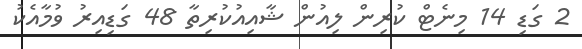
2 ގަޑި 14 މިނެޓް ކުރިން ލިއުން ޝާއިއުކުރިތާ 48 ގަޑިއިރު ވުމާއެކު